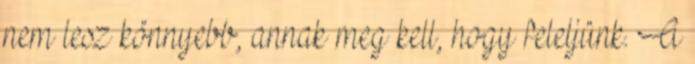
nem lesz könnyebb, annak meg kell, hogy feleljünk. A